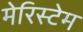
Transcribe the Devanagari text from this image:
मेरिस्टेम